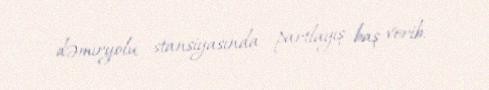
dəmiryolu stansiyasında partlayış baş verib.